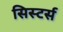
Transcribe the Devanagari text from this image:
सिस्टर्स